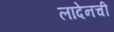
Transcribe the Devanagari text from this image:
लादेनची